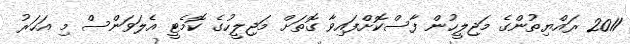
2011 ރައްޔިތުންގެ މަޖިލީހުން ފާސްކޮށްފައިވާ ގޮތަށް މަޖިލީހުގެ ކޮމެޓީ އެލަވަންސް މި އަހަރު